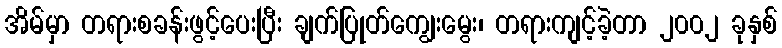
အိမ်မှာ တရားစခန်းဖွင့်ပေးပြီး ချက်ပြုတ်ကျွေးမွေး၊ တရားကျင့်ခဲ့တာ ၂၀၀၂ ခုနှစ်